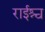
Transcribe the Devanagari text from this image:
राईश्च